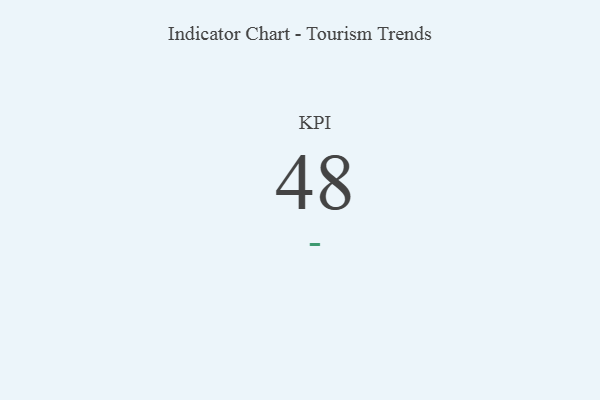
{"axis": {"x": "KPI", "y": "Value"}, "legend": [""], "data": [{"x": "KPI", "y": 48, "type": ""}]}